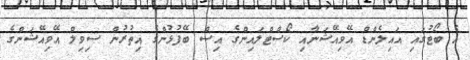
އެ ބޯޓުގައި އައިލެންޑް އޭވިއޭޝަނާއި ކޯސްޓްލައިންގެ އިސް ބޭފުޅުންގެ އިތުރުން ސިވިލް އޭވިއޭޝަންގެ